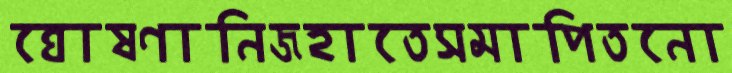
ঘোষণানিজহাতেসমাপিতনো